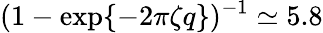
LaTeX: (1-\exp\{ -2\pi\zeta q\} )^{-1}\simeq 5.8